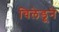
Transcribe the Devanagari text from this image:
चिलेडूने